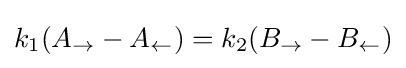
k_{1}(A_{\rightarrow }-A_{\leftarrow })=k_{2}(B_{\rightarrow }-B_{\leftarrow })